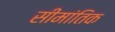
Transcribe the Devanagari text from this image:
सीमांतिक